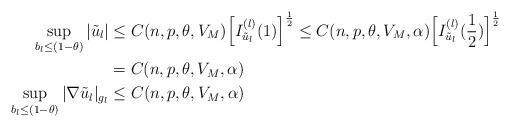
LaTeX: \begin{align*}\sup_{b_l\leq (1-\theta)} |\tilde{u}_l|&\leq C(n, p, \theta, V_M)\Big[I_{\tilde{u}_l}^{(l)}(1)\Big]^{\frac{1}{2}}\leq C(n, p, \theta, V_M, \alpha)\Big[I_{\tilde{u}_l}^{(l)}(\frac{1}{2})\Big]^{\frac{1}{2}} \\&= C(n, p, \theta, V_M, \alpha) \\\sup_{b_l\leq (1-\theta)} |\nabla \tilde{u}_l|_{g_l}&\leq C(n, p, \theta, V_M, \alpha) \end{align*}